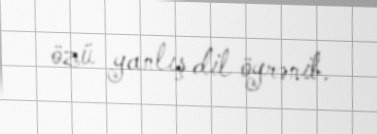
özü yanlış dil öyrənib.